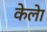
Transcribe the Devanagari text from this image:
केलेा